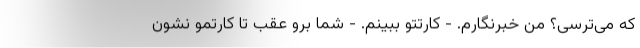
که می‌ترسی؟ من خبرنگارم. - کارتتو ببینم. - شما برو عقب تا کارتمو نشون